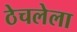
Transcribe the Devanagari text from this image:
ठेचलेला